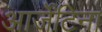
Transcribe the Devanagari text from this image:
आर्जेंटिना